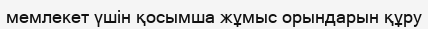
мемлекет үшін қосымша жұмыс орындарын құру